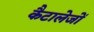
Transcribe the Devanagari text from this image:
कैटालेजों